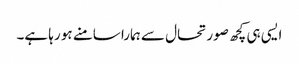
ایسی ہی کچھ صورتحال سے ہمارا سامنے ہو رہا ہے۔